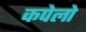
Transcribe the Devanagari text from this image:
कपेलो